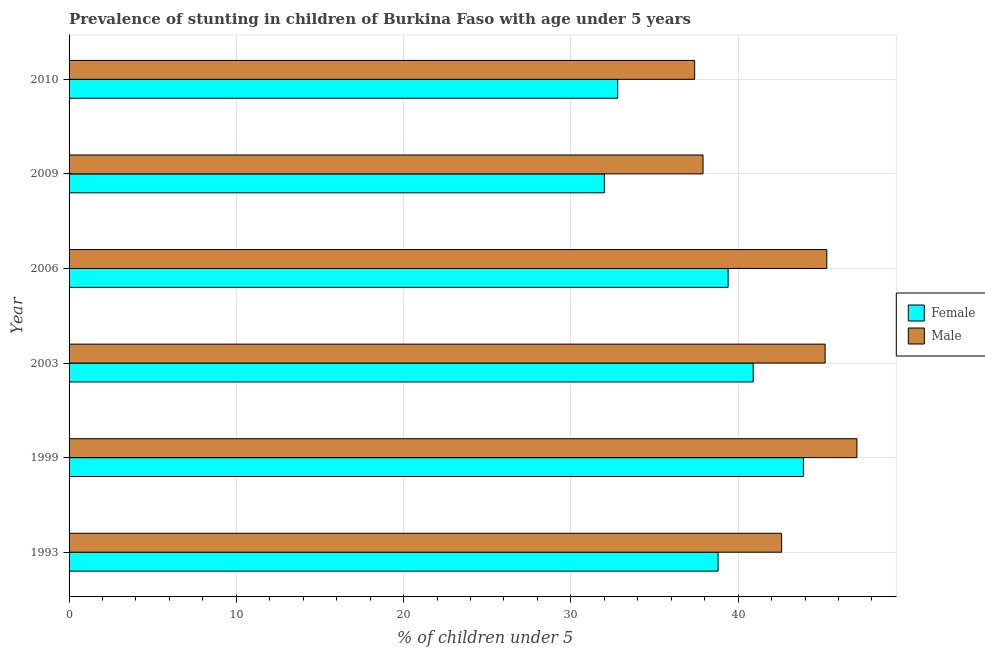
| Year | Female | Male |
 | --- | --- | --- |
 | 1993 | 38.8 | 42.6 |
 | 1999 | 43.9 | 47.1 |
 | 2003 | 40.9 | 45.2 |
 | 2006 | 39.4 | 45.3 |
 | 2009 | 32 | 37.9 |
 | 2010 | 32.8 | 37.4 |